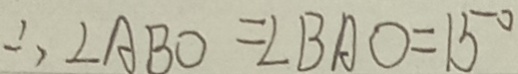
\therefore \angle A B O = \angle B A O = 1 5 ^ { \circ }